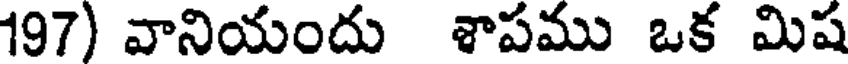
197) వానియందు శాపము ఒక మిష